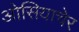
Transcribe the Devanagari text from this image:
ओसियाचेर